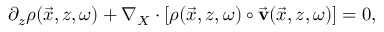
\begin{array} { r } { \partial _ { z } \boldsymbol { \rho } ( \vec { x } , z , \omega ) + \nabla _ { X } \cdot \left[ \boldsymbol { \rho } ( \vec { x } , z , \omega ) \circ \vec { \bf v } ( \vec { x } , z , \omega ) \right] = 0 , } \end{array}